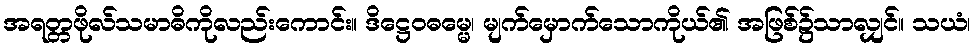
အရတ္တဖိုလ်သမာဓိကိုလည်းကောင်း။ ဒိဋ္ဌေဝဓမ္မေ၊ မျက်မှောက်သောကိုယ်၏ အဖြစ်၌သာလျှင်။ သယံ၊